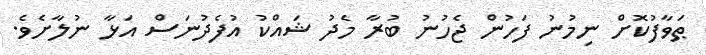
ޠަވާފުކޮށް ނިމުނު ފަހުން ޖެހުނު ބުރާ މެދު ޝައްކު އުފެދުނަސް އަޅާ ނުލާށެވެ.